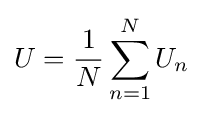
U={\frac {1}{N}}\sum _{n=1}^{N}U_{n}